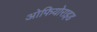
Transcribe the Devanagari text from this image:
ओफियोराइड